Annual administration report of the Civil Veterinary Department of India - 1892-1893
Year: 1892
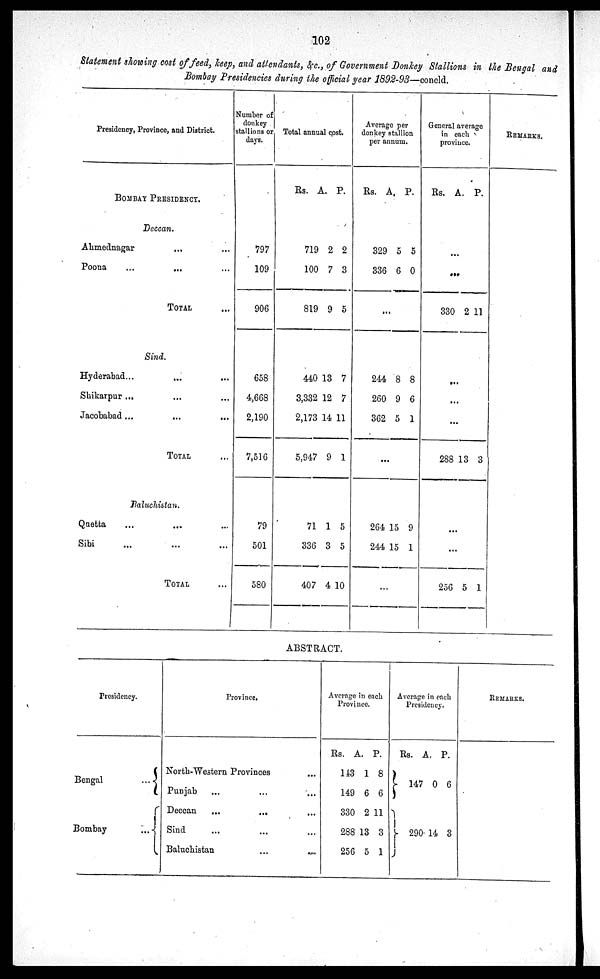
102
Statement showing cost of feed, keep, and attendants, &c., of Government Donkey Stallions in the Bengal and
Bombay Presidencies during the official year 1892-93—concld.
Presidency, Province, and District.
BOMBAY PRESIDENCY.
Deccan.
Ahmednagar ... ...
Poona ... ... ...
TOTAL ...
Sind.
Hyderabad... ... ...
Shikarpur ... ... ...
Jacobabad ... ... ...
TOTAL ...
Baluchistan.
Quetta ... ... ...
Sibi ... ... ...
TOTAL ...
Number of
donkey
stallions or
days.
797
109
906
658
4,668
2,190
7,516
79
501
580
Total annual cost.
Rs. A. P.
719
100
819
2
7
9
2
3
5
440
3,332
2,173
5,947
13
12
14
9
7
7
11
1
71
336
407
1
3
4
5
5
10
Average per
donkey stallion
per annum.
Rs.
A. P.
329
336
5
6
5
0
...
244
260
362
8
9
5
8
6
1
...
264
244
15
15
9
1
...
General average
in each
province.
Rs.
A. P.
...
...
330 2 11
...
...
...
288 13 3
...
...
256 5 1
REMARKS.
ABSTRACT.
Presidency.
Bengal
...
Bombay
...
Province.
North-Western Provinces ...
Punjab ... ... ...
Deccan
...
... ...
Sind ... ... ...
Baluchistan ... ... ...
Average in each
Province.
Rs.
143
149
330
288
256
A.
1
6
2
13
5
P.
8
6
11
3
1
Average in each
Presidency.
Rs.
147
290
A.
0
14
P.
6
3
REMARKS.